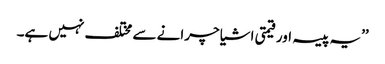
’’یہ پیسہ اور قیمتی اشیا چرانے سے مختلف نہیں ہے۔